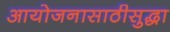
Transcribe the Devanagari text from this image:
आयोजनासाठीसुद्धा